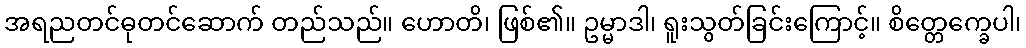
အရညတင်ဓုတင်ဆောက် တည်သည်။ ဟောတိ၊ ဖြစ်၏။ ဥမ္မာဒါ၊ ရူးသွတ်ခြင်းကြောင့်။ စိတ္တေက္ခေပါ၊